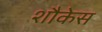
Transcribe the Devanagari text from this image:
शौकेस